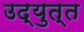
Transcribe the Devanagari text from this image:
उद्युत्त